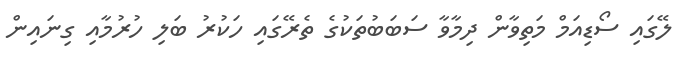
ލޭގައި ސޯޑިއަމް މަތިވާން ދިމާވާ ސަބަބުތަކުގެ ތެރޭގައި ހަކުރު ބަލި ހުރުމާއި ގިނައިން